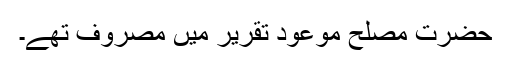
حضرت مصلح موعودؓ تقریر میں مصروف تھے۔